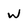
Character: w